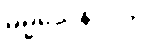
ဓမ္မသေနာပတိ